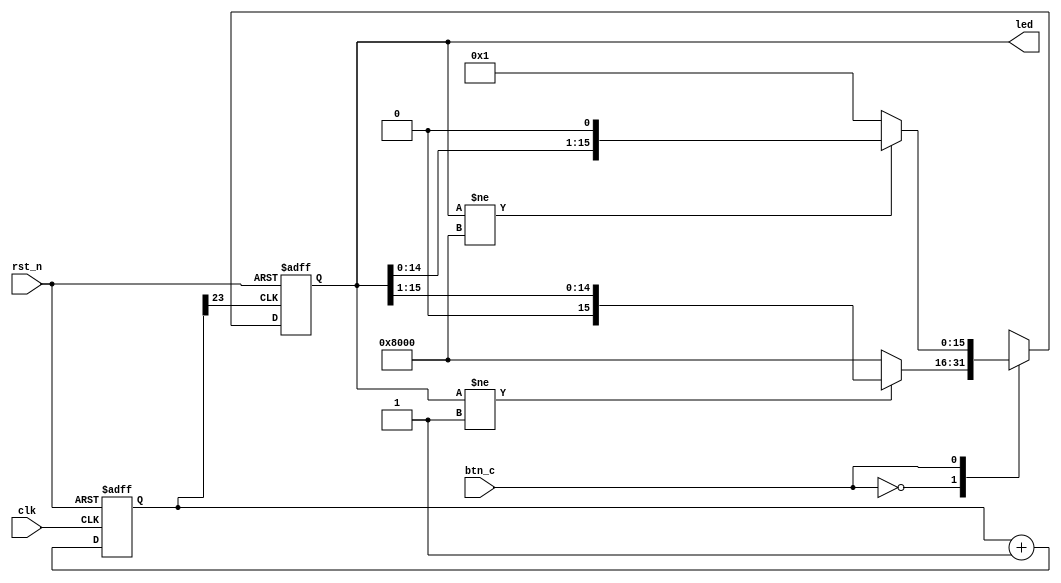
`timescale 1ns / 1ps
//////////////////////////////////////////////////////////////////////////////////
// Company: NCHU EE Lab716
// Engineer:
//
// Module Name: flash_led_top
// Project Name:
// Target Devices:
// Versions: 1.0
// Tool Versions: Vivado 2018.2
//////////////////////////////////////////////////////////////////////////////////

//====== module ======
module flash_led_top(
    input clk,
    input rst_n,
    input btn_c,
    output reg [15:0] led
);

//====== Signal ======
//division counter
reg [24:0] count;
wire d_clk;

//====== frequency division ======
always@(posedge clk or negedge rst_n) begin
    if(!rst_n)
        count <= 0;
    else
        count <= count + 1;
end

//depend on your self
assign d_clk = count[23];

//====== LED light control ======
always@(posedge d_clk or negedge rst_n) begin
    if(!rst_n)
        led <= 16'b1000_0000_0000_0000;
    else begin
        case(btn_c)
            0 : begin
                if(led != 16'b0000_0000_0000_0001)begin
                    led <= led >> 1;
                end
                else begin
                    led <= 16'b1000_0000_0000_0000;
                end
            end
            1 : begin
                if(led != 16'b1000_0000_0000_0000)begin
                    led <= led << 1'b1;
                end
                else begin
                    led <= 16'b0000_0000_0000_0001;
                end
            end
        endcase
    end
end

endmodule